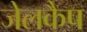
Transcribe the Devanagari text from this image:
जेलकैप